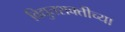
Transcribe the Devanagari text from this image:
विद्युतशक्तीच्या